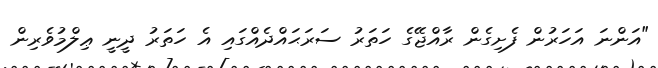
"އަންނަ އަހަރުން ފެށިގެން ރާއްޖޭގެ ހަތަރު ސަރަޙައްދެއްގައި އެ ހަތަރު ދީނީ ޢިލްމުވެރިން